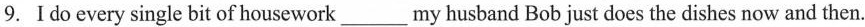
9.Ido every single bit of housework___my husband Bob just does the dishes now and then.